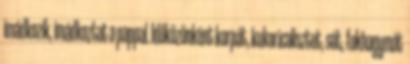
imádkozik, imádkoztat a pappal. Időközönként korpát, kukoricalisztet, sót, fokhagymát